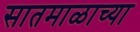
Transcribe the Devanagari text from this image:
सातमाळाच्या